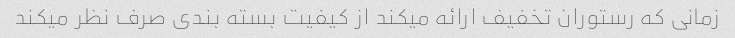
زمانی که رستوران تخفیف ارائه میکند از کیفیت بسته بندی صرف نظر میکند